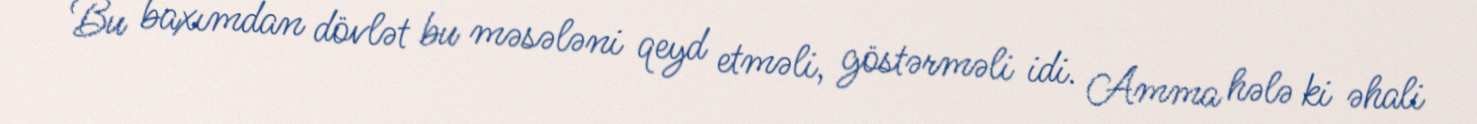
Bu baxımdan dövlət bu məsələni qeyd etməli, göstərməli idi. Amma hələ ki əhali